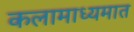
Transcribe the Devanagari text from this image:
कलामाध्यमात